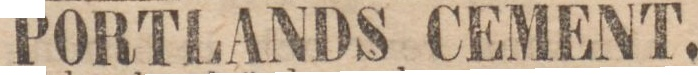
PORTLANDS CEMENT.